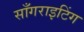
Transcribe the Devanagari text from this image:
साँगराइटिंग